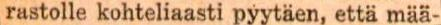
rastolle kohteliaasti pyytäen, että mää-